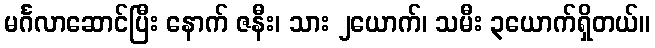
မင်္ဂလာဆောင်ပြီး နောက် ဇနီး၊ သား ၂ယောက်၊ သမီး ၃ယောက်ရှိတယ်။